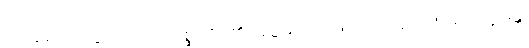
အလွန်ပြေးသွားသော ဥစ္ဆေဒဒိဋ္ဌိ၏ အစွမ်းအားဖြင့်။ (ပေ ၃၂၉) အတိက္ကမန္တိ၊